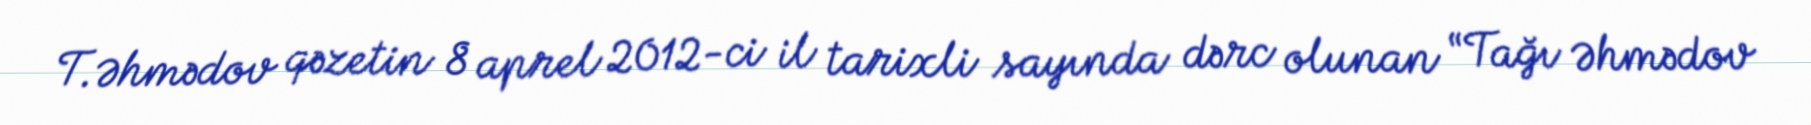
T.Əhmədov qəzetin 8 aprel 2012-ci il tarixli sayında dərc olunan “Tağı Əhmədov